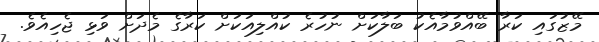
މޭޒުގައި ކަރާ ބޭއްވުމާއެކު ބަލާކަށް ނުހުރެ ކުއްލިއަކަށް ކަރާގެ މެދަށް ވަޅި ޖެހިއެވެ.